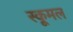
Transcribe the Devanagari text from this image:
स्कूमल